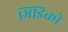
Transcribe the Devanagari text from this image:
भिंडिको